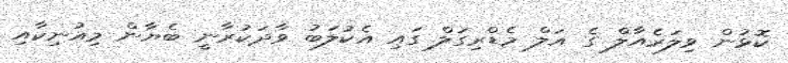
ކޮޅުން ވިލަރެއާލް ގެ އަލް މެޑްރިގަލް ގައި އެކުލަބު ވާދަކުރާނީ ބެޔާން މިއުނިކާއި